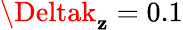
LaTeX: \Deltak_{\mathbf{z}}=0.1